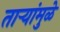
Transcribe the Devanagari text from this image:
ताऱ्यांमुळे